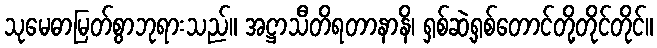
သုမေဓာမြတ်စွာဘုရားသည်။ အဋ္ဌာသီတိရတာနာနိ၊ ရှစ်ဆဲ့ရှစ်တောင်တို့တိုင်တိုင်။